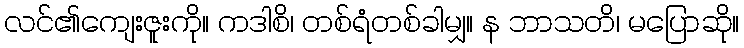
လင်၏ကျေးဇူးကို။ ကဒါစိ၊ တစ်ရံတစ်ခါမျှ။ န ဘာသတိ၊ မပြောဆို။